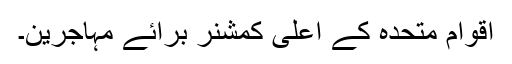
اقوام متحدہ کے اعلیٰ کمشنر برائے مہاجرین۔